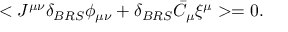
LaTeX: < J ^ { \mu \nu } \delta _ { B R S } \phi _ { \mu \nu } + \delta _ { B R S } \bar { C } _ { \mu } \xi ^ { \mu } > = 0 .